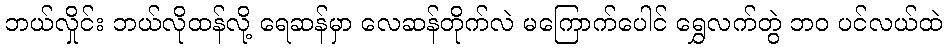
ဘယ်လှိုင်း ဘယ်လိုထန်လို့ ရေဆန်မှာ လေဆန်တိုက်လဲ မကြောက်ပေါင် ရွှေလက်တွဲ ဘဝ ပင်လယ်ထဲ